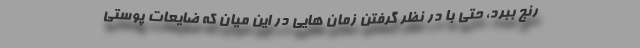
رنج ببرد، حتی با در نظر گرفتن زمان هایی در این میان که ضایعات پوستی